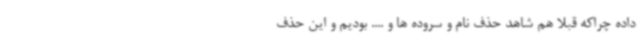
داده چراکه قبلا هم شاهد حذف نام و سروده ها و .... بودیم و این حذف